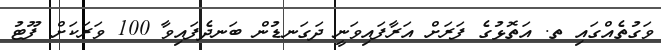
ވަގުތެއްގައި ތ. އަތޮޅުގެ ފަރަށް އަރާފައިވަނީ ދަގަނޑުން ބަނދެފައިވާ 100 ވަރަކަށް ފޫޓު